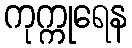
ကုက္ကုရေန